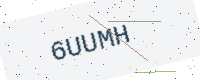
Text: 6UUMH